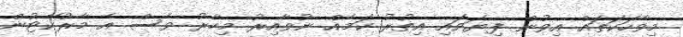
މިވާހަކަތައް އިވުން ފިޔަވައި އިތުރު ކަމެއް ނުވާއިރު މިހާރު ވެސް އެ މާރުކޭޓުން